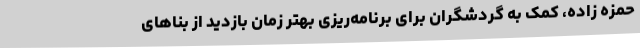
حمزه زاده، کمک به گردشگران برای برنامه‌ریزی بهتر زمان بازدید از بناهای